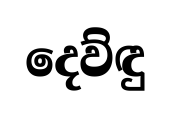
දෙව්ඳු